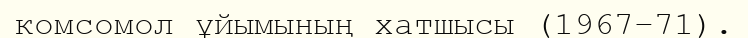
комсомол ұйымының хатшысы (1967–71).